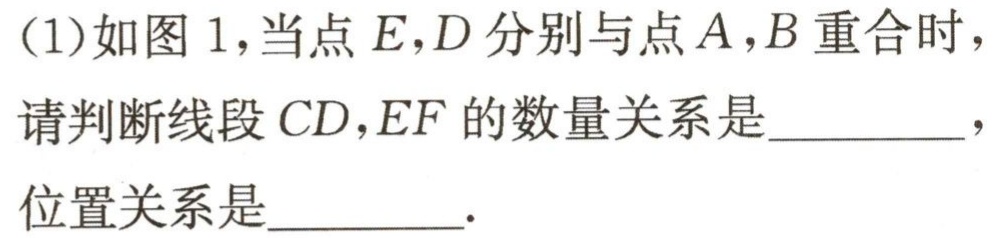
(1)如图1，当点\(E,D\)分别与点\(A,B\)重合时，请判断线段\(CD,EF\)的数量关系是_________，位置关系是_________.